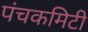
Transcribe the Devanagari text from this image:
पंचकमिटी